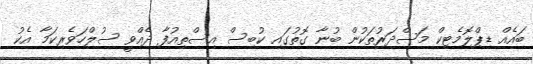
ބައެއް ޑިޕްލޮމެޓިކް މަސްދަރުތަކުން ބުނާ ގޮތުގައި ކުބިސް އިސްތިއުފާ ދެއްވީ ސުލްހަވެރިކަމާ އެކު